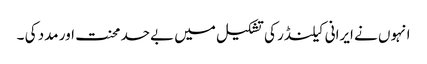
انہوں نے ایرانی کیلنڈر کی تشکیل میں بےحد محنت اور مدد کی ۔